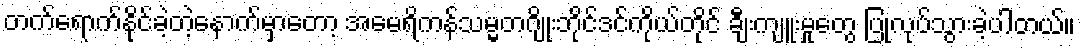
တက်ရောက်နိုင်ခဲ့တဲ့နောက်မှာတော့ အမေရိကန်သမ္မတဂျိုးဘိုင်ဒင်ကိုယ်တိုင် ချီးကျူးမှုတွေ ပြုလုပ်သွားခဲ့ပါတယ်။